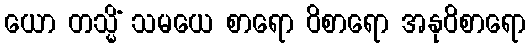
ယော တသ္မိံ သမယေ စာရော ဝိစာရော အနုဝိစာရော